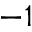
^ { - 1 }